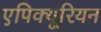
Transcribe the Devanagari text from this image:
एपिक्यूरियन